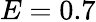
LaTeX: E=0.7